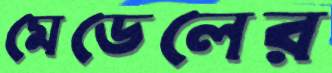
মেডেলের